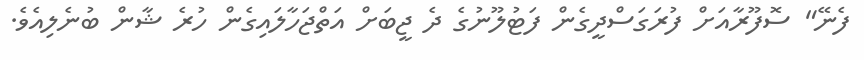
ފެނޭ" ސޮފޫރާއަށް ފުރަގަސްދީގެން ފަޓުލޫނުގެ ދެ ޖީބަށް އަތްޖަހާލައިގެން ހުރެ ޝާން ބުނެލިއެވެ.